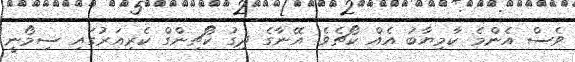
ވެސް އެންމެ ކާމިޔާބު އެއް ކޯޗެވެ. އޭނާގެ ދިގު ކޯޗިންގް ކެރިއަރުގައި ސިމޯނީ